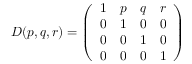
D ( p , q , r ) = \left( \begin{array} { c c c c } { { 1 } } & { { p } } & { { q } } & { { r } } \\ { { 0 } } & { { 1 } } & { { 0 } } & { { 0 } } \\ { { 0 } } & { { 0 } } & { { 1 } } & { { 0 } } \\ { { 0 } } & { { 0 } } & { { 0 } } & { { 1 } } \end{array} \right)